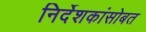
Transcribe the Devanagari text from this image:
निर्देशकांसोबत